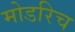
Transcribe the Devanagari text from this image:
मोडरिच